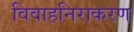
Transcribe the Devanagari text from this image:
विवाहनिराकरण